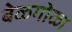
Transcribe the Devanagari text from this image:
बेळगोळा